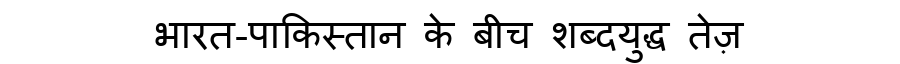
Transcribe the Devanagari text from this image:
भारत-पाकिस्तान के बीच शब्दयुद्ध तेज़